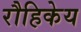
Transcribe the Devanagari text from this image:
रौहिकेय